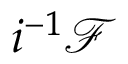
i ^ { - 1 } { \mathcal { F } }